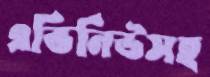
এভিনিউসহ